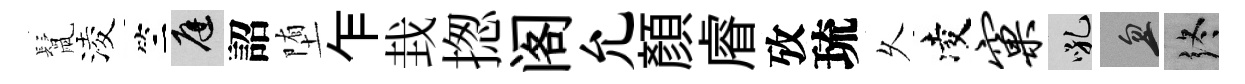
鬛淩竺庭詔堕乍㘽揔阁允顔𥈠攷琉乆凌窠吼忽终